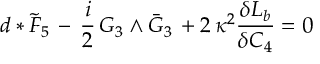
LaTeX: d * \tilde { F } _ { 5 } \, - \, \frac { i } { 2 } \, G _ { 3 } \wedge \bar { G } _ { 3 } \, + 2 \, \kappa ^ { 2 } \frac { \delta { \cal L } _ { b } } { \delta C _ { 4 } } = 0